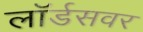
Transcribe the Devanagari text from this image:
लॉर्डसवर